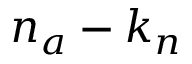
n _ { a } - k _ { n }